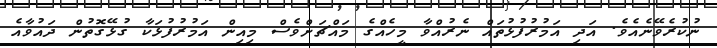
ނުކުރެވޭނެއެވެ. އަދި އަމުރުފުޅުތައް ނެރުއްވާ މީހެއްގެ މައްޗަށްވެސް މިއިން އަމުރުފުޅަކާ ގުޅޭގޮތުން ދައުވާއެ